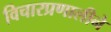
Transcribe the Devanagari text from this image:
विचारप्रणालीने